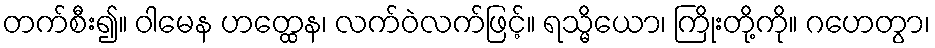
တက်စီး၍။ ဝါမေန ဟတ္ထေန၊ လက်ဝဲလက်ဖြင့်။ ရသ္မိယော၊ ကြိုးတို့ကို။ ဂဟေတွာ၊